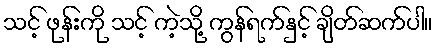
သင့် ဖုန်းကို သင့် ကဲ့သို့ ကွန်ရက်နှင့် ချိတ်ဆက်ပါ။